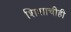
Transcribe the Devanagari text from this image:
शिशाचीही